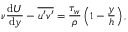
\nu \frac { \mathrm { d } U } { \mathrm { d } y } - \overline { { u ^ { \prime } v ^ { \prime } } } = \frac { \tau _ { w } } { \rho } \left( 1 - \frac { y } { h } \right) ,